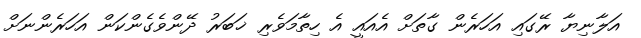
އަލާނިޔާ ރޭގައި އަހަރެން ގާތަށް އެއައީ އެ ހިތާމަވެރި ޚަބަރު ދޭންވެގެންކަން އަހަރެންނަށް